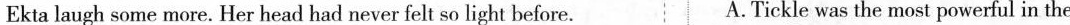
Ekta laugh some more.Her head had never elt so light before ATickle was the most powerful in the